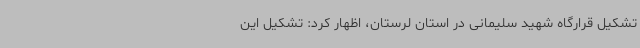
تشکیل قرارگاه شهید سلیمانی در استان لرستان، اظهار کرد: تشکیل این